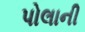
પોલાની